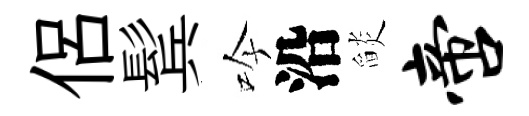
侶鬂吟沿𦦨啻